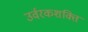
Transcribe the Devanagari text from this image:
उर्वरकशक्ति